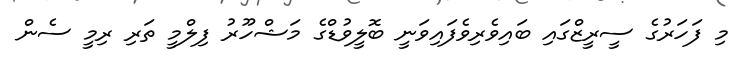
މި ފަހަރުގެ ސީރީޒްގައި ބައިވެރިވެފައިވަނީ ބޮލީވުޑްގެ މަޝްހޫރު ފިލްމީ ތަރި ރިމީ ސެން